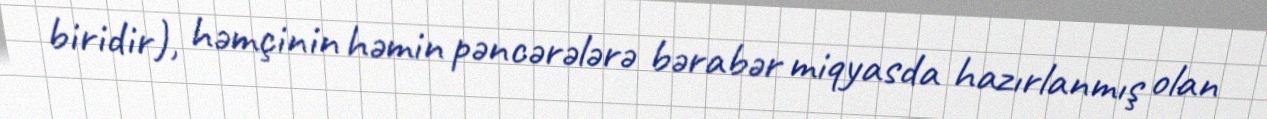
biridir), həmçinin həmin pəncərələrə bərabər miqyasda hazırlanmış olan